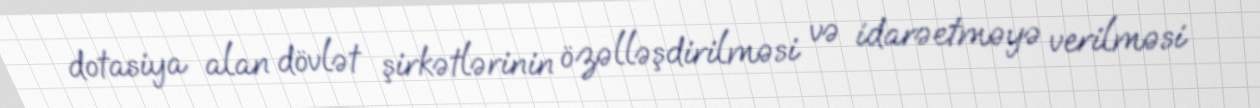
dotasiya alan dövlət şirkətlərinin özəlləşdirilməsi və idarəetməyə verilməsi